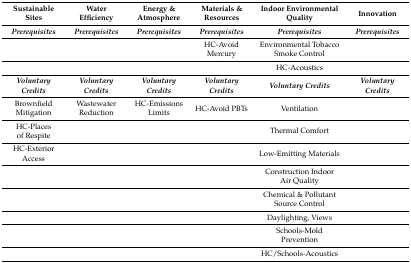
<table><thead><tr><td><b>Sustainable Sites</b></td><td><b>Water Efficiency</b></td><td><b>Energy &amp; Atmosphere</b></td><td><b>Materials &amp; Resources</b></td><td><b>Indoor Environmental Quality</b></td><td><b>Innovation</b></td></tr></thead><tbody><tr><td><b><i>Prerequisites</i></b></td><td><b><i>Prerequisites</i></b></td><td><b><i>Prerequisites</i></b></td><td><b><i>Prerequisites</i></b></td><td><b><i>Prerequisites</i></b></td><td><b><i>Prerequisites</i></b></td></tr><tr><td></td><td></td><td></td><td>HC-Avoid Mercury</td><td>Environmental Tobacco Smoke Control</td><td></td></tr><tr><td></td><td></td><td></td><td></td><td>HC-Acoustics</td><td></td></tr><tr><td><b><i>Voluntary Credits</i></b></td><td><b><i>Voluntary Credits</i></b></td><td><b><i>Voluntary Credits</i></b></td><td><b><i>Voluntary Credits</i></b></td><td><b><i>Voluntary Credits</i></b></td><td><b><i>Voluntary Credits</i></b></td></tr><tr><td>Brownfield Mitigation</td><td>Wastewater Reduction</td><td>HC-Emissions Limits</td><td>HC-Avoid PBTs</td><td>Ventilation</td><td></td></tr><tr><td>HC-Places of Respite</td><td></td><td></td><td></td><td>Thermal Comfort</td><td></td></tr><tr><td>HC-Exterior Access</td><td></td><td></td><td></td><td>Low-Emitting Materials</td><td></td></tr><tr><td></td><td></td><td></td><td></td><td>Construction Indoor Air Quality</td><td></td></tr><tr><td></td><td></td><td></td><td></td><td>Chemical &amp; Pollutant Source Control</td><td></td></tr><tr><td></td><td></td><td></td><td></td><td>Daylighting, Views</td><td></td></tr><tr><td></td><td></td><td></td><td></td><td>Schools-Mold Prevention</td><td></td></tr><tr><td></td><td></td><td></td><td></td><td>HC/Schools-Acoustics</td><td></td></tr></tbody></table>